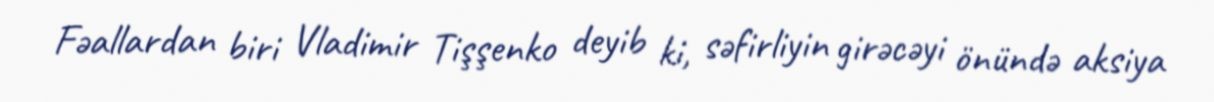
Fəallardan biri Vladimir Tişşenko deyib ki, səfirliyin girəcəyi önündə aksiya